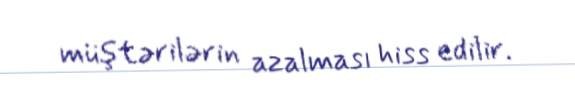
müştərilərin azalması hiss edilir.